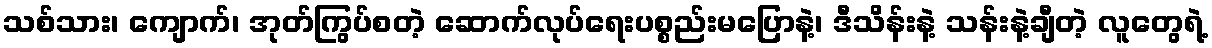
သစ်သား၊ ကျောက်၊ အုတ်ကြွပ်စတဲ့ ဆောက်လုပ်ရေးပစ္စည်းမပြောနဲ့၊ ဒီသိန်းနဲ့ သန်းနဲ့ချီတဲ့ လူတွေရဲ့